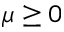
\mu \geq 0